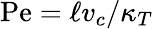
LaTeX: \mathrm{Pe}=\ell v_{c}/\kappa_{T}